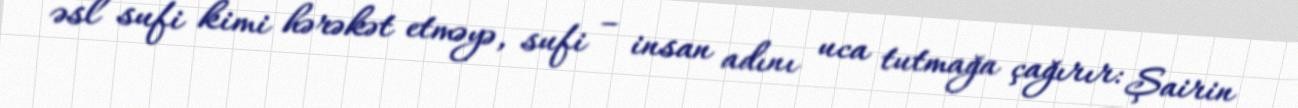
əsl sufi kimi hərəkət etməyə, sufi – insan adını uca tutmağa çağırır: Şairin